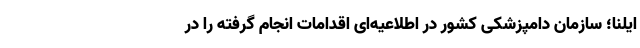
ایلنا؛ سازمان دامپزشکی کشور در اطلاعیه‌ای اقدامات انجام گرفته را در